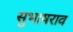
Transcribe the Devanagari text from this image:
सुभाषराव